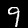
Digit: 9